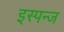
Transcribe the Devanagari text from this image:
इस्पन्ज